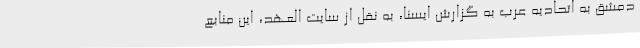
دمشق به اتحادیه عرب به گزارش ایسنا، به نقل از سایت العهد، این منابع